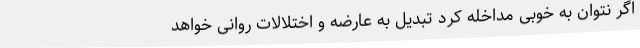
اگر نتوان به خوبی مداخله کرد تبدیل به عارضه و اختلالات روانی خواهد